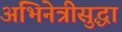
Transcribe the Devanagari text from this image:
अभिनेत्रीसुद्धा